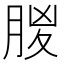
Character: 𣍶